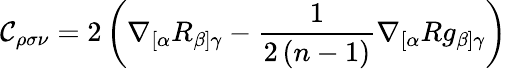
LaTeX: \mathcal{C}_{\rho\sigma\nu}=2\left(\nabla_{[\alpha}R_{\beta]\gamma}-\frac{1}{2\left(n-1\right)}\nabla_{[\alpha}Rg_{\beta]\gamma}\right)